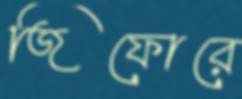
জিফোরে